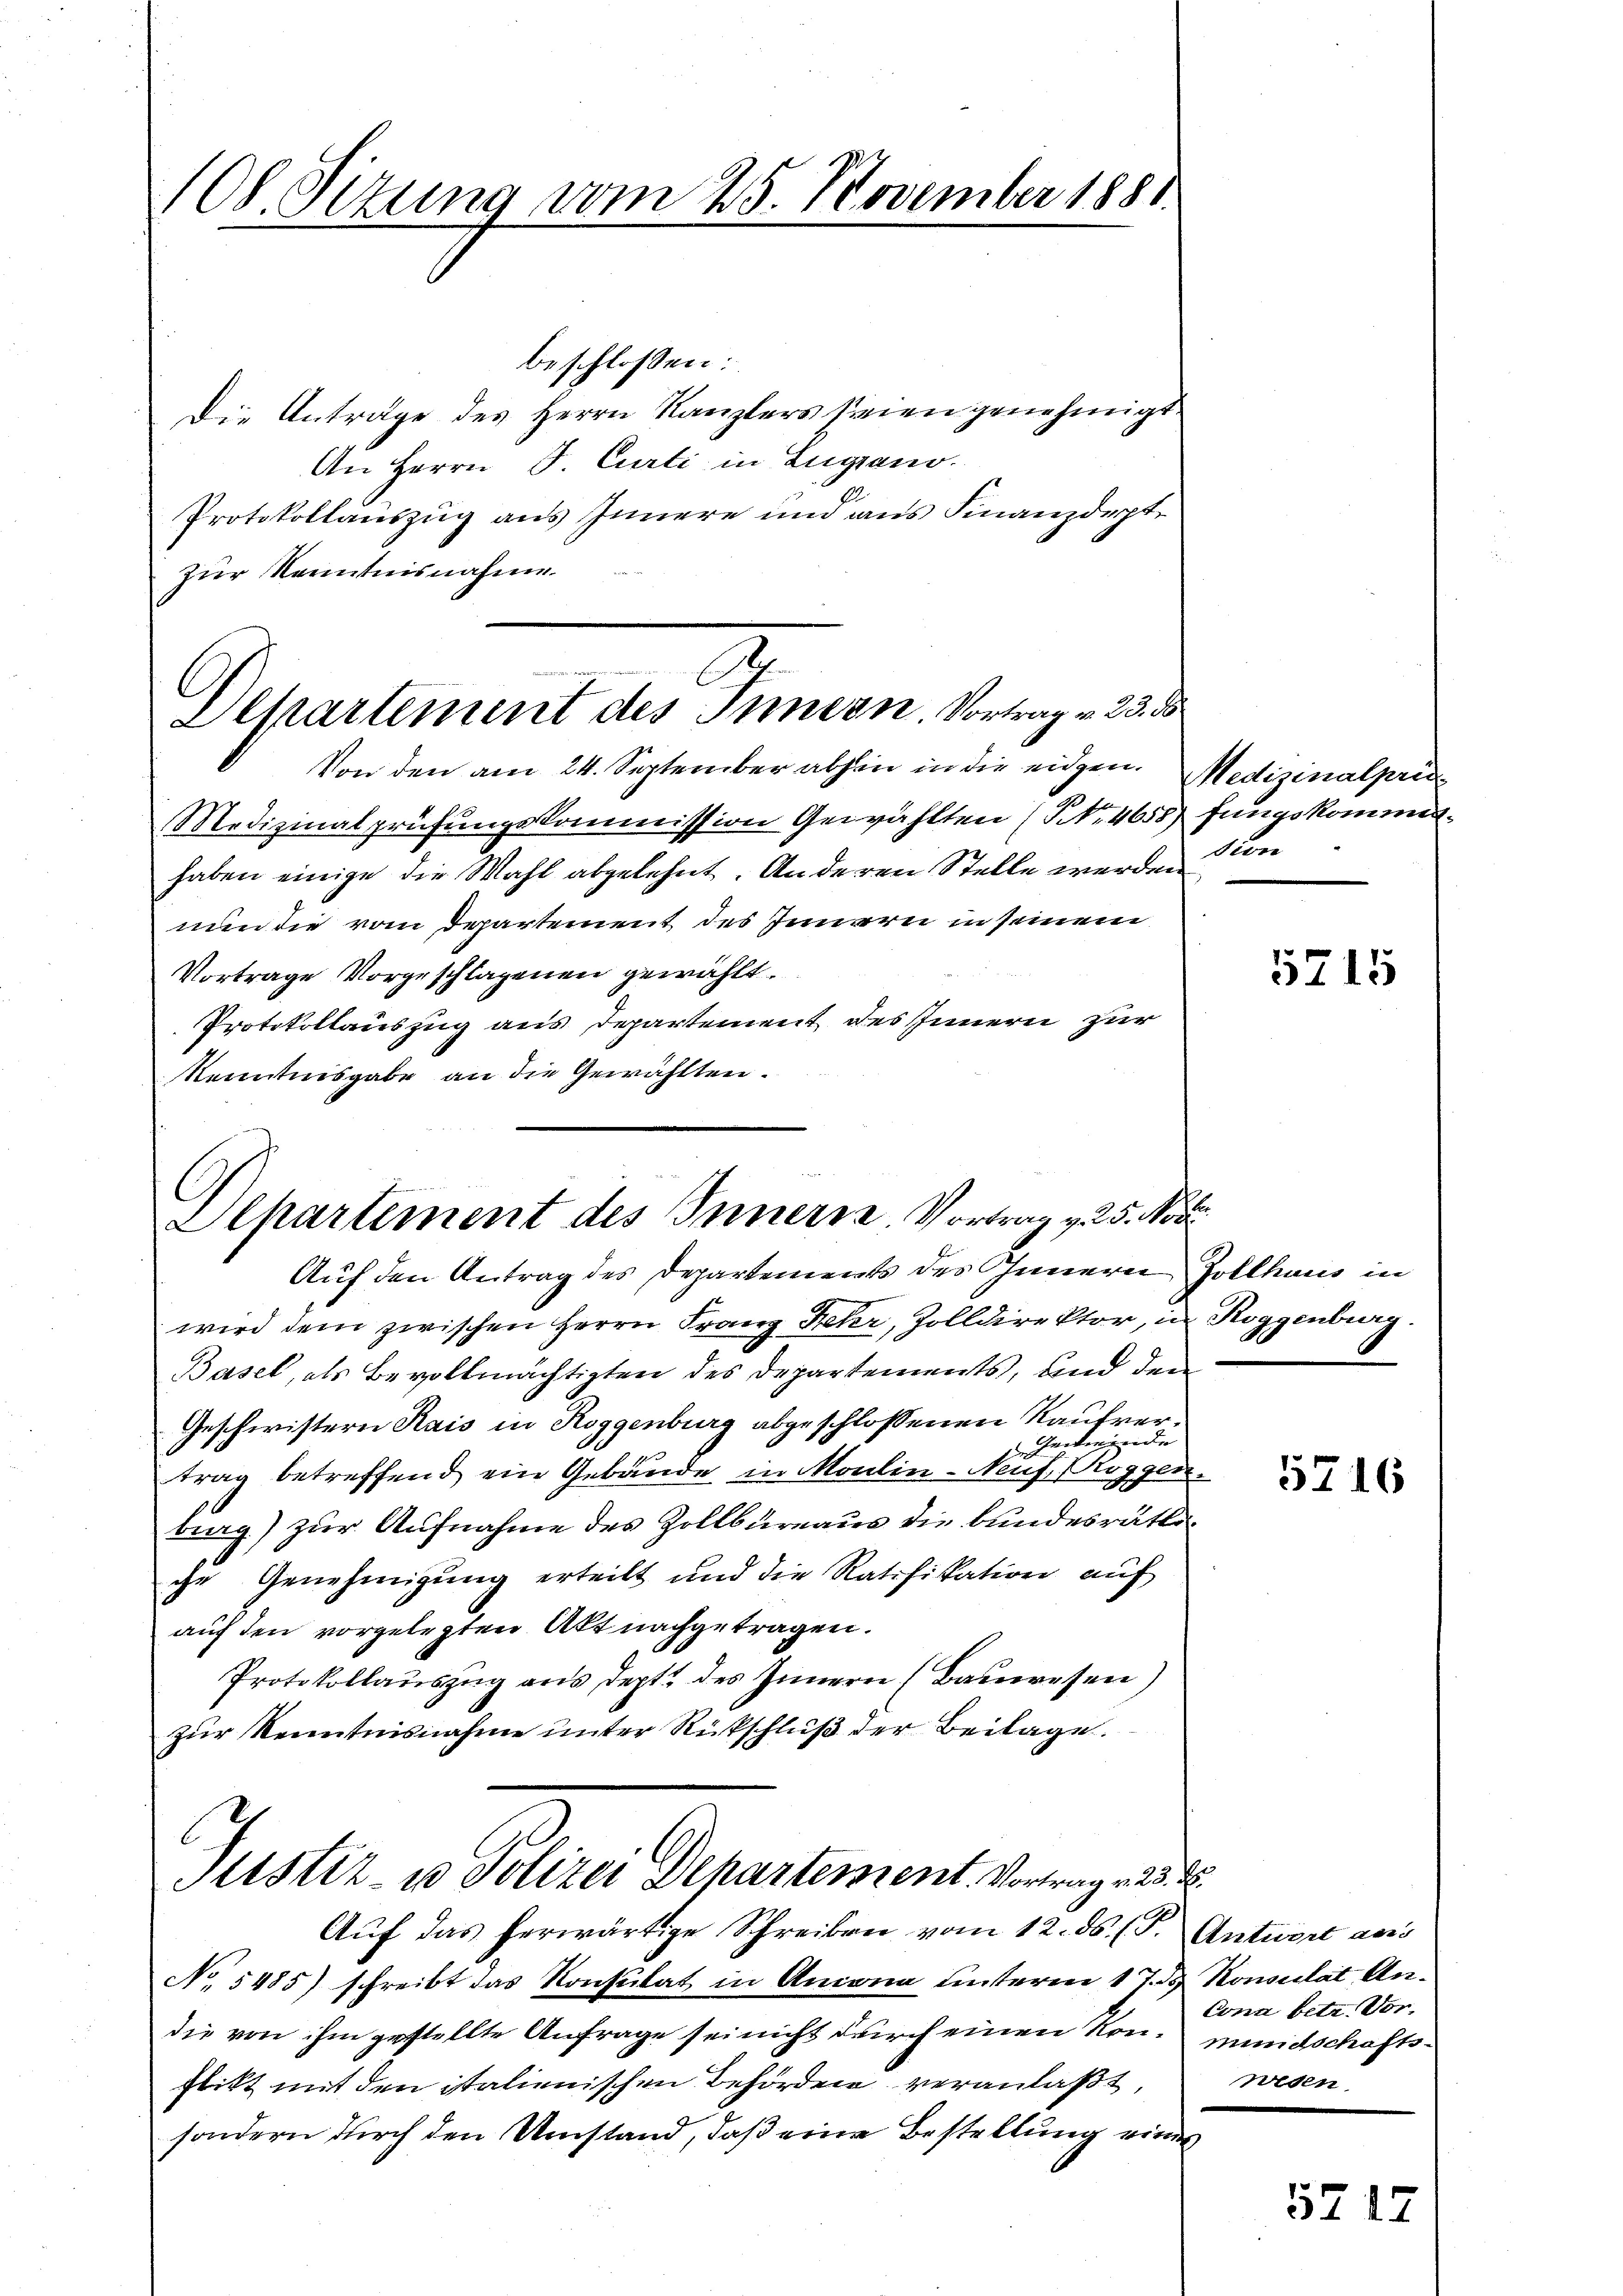
108. Sizung vom 25. November 1881.

Eepartement des Innern. Vortrag v. 23. ds

beschlossen:
Die Anträge des Herrn Kanzlers seien genehmigt
An Herrn P. Curti in Lugano.
Protokollauszug aus Innere und aus Finanzdeptzur Kenntnisnahme
F

Von den am 24. September abhin in die eidgen.
Medizinalprüfungskommission Gewählten (No. 4658) fungskommenhaben einige die Wahl abgelehnt. Anderen Stelle werden von
nun die vom Departement des Innern in seinem
Vortrage vorgeschlagenen gewählt.
Protokollauszug aus Departement des Innern zur
Kenntnisgabe an die Gewählten.

Alpartement des Innern, Vortrag v. 25. Nov.

Justiz- u Polizei Departement. Vortrages

Auf den Antrag des Departements des Innern Zollhaus in
wird dem zwischen Herrn Franz Fehr, Zolldirektor, in Roggenburg
Basel, als Bevollmächtigten des Departements, und den
Geschwistern Kais in Roggenburg abgeschlossenen Kaufver¬
Gewerende
trag betreffend ein Gebäude in Moulin-Neif, Roggen-
burg) zur Aufnahme des Zollbüreaus die bundesrätliche Genehmigung erteilt und die Ratifikation aŭf
auf den vorgelegten Akt nachgetragen.
Protokollauszug aus dept. des Innern (Bauwesen)
zur Kenntnisnahme unter Rückschluß der Beilage.

Auf das herwärtige Schreiben vom 12. ds. (T. Antwort aus
No 5485) schreibt das Konsulat in Ancona unterm 17. d. Konsulat Andie von ihm gestellte Anfrage sei nicht durch einen Kon-mundschaftsflikt mit den italienischen Behörden veranlaßt,
sondern durch den Umstand, daß eine Bestellung eine

Medizinalprin

5215

5716

Conn betr. Vor¬
Wesen

5217